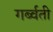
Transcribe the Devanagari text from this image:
गर्ब्वती